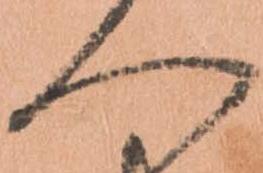
へ